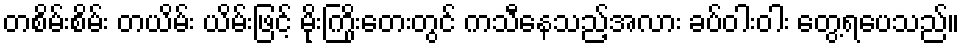
တစိမ်းစိမ်း တယိမ်း ယိမ်းဖြင့် မိုးကြိုးတေးတွင် ကသီနေသည့်အလား ခပ်ဝါးဝါး တွေ့ရပေသည်။